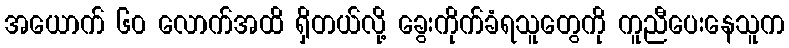
အယောက် ၆၀ လောက်အထိ ရှိတယ်လို့ ခွေးကိုက်ခံရသူတွေကို ကူညီပေးနေသူက